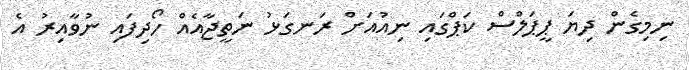
ނިމިގެން ދިޔަ ޕީޕަލްސް ކަޕްގައި ނިއުއަށް ރަނގަޅު ނަތީޖާއެއް ހޯދިފައި ނުވާއިރު އެ